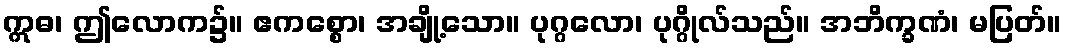
ဣဓ၊ ဤလောက၌။ ဧကစ္စော၊ အချို့သော။ ပုဂ္ဂလော၊ ပုဂ္ဂိုလ်သည်။ အဘိက္ခဏံ၊ မပြတ်။